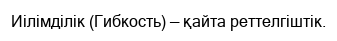
Иілімділік (Гибкость) — қайта реттелгіштік.